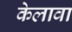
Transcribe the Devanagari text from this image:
केलावा